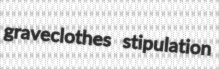
graveclothes stipulation